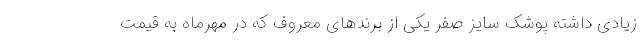
زیادی داشته پوشک سایز صفر یکی از برندهای معروف که در مهرماه به قیمت